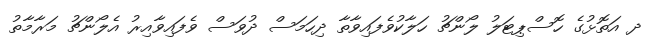
ދ އަތޮޅުގެ ހޮސްޕިޓަލު ލޯންޗު ހަލާކުވެފައިވާތާ ދިހަމަސް ދުވަސް ވެފައިވާއިރު އެލޯންޗު މަރާމާތު